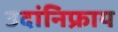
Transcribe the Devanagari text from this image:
उदांनिफ्राय